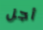
أجل